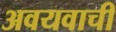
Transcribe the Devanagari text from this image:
अवयवाची